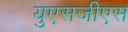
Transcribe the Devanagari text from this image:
युएसजीएस